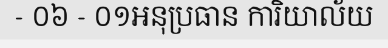
- ០៦ - ០១អនុប្រធាន ការិយាល័យ